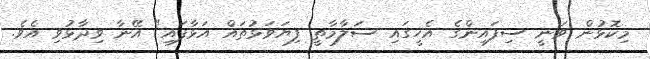
މިކޮޅުން ވަނީ ސިފައިންގެ އެހީގައި ސަލާމާތީ ފިޔަވަޅުތައް އަޅާފައި" އޭނާ ވިދާޅުވި އެވެ.